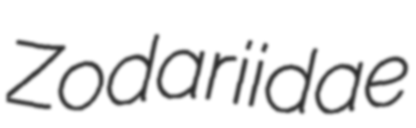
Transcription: Zodariidae